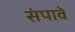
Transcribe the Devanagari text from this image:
संपावे